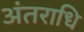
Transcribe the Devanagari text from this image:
अंतराधि